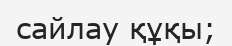
сайлау құқы;